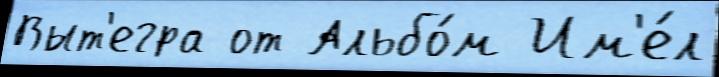
Выт'егра от Альбо́м Им'е́л